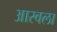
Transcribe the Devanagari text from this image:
आरवला